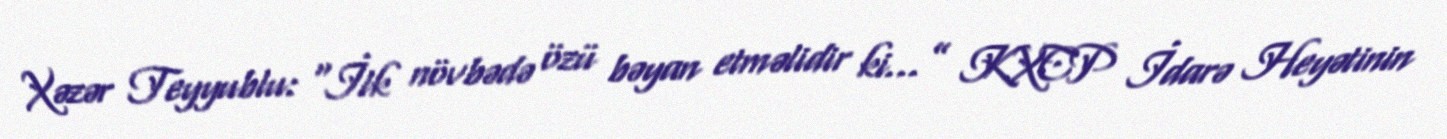
Xəzər Teyyublu: “İlk növbədə özü bəyan etməlidir ki...” KXCP İdarə Heyətinin